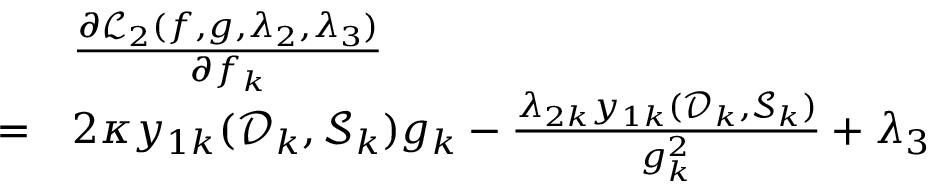
\begin{array} { r } { \begin{array} { r l } & { \frac { \partial \mathcal L _ { 2 } ( \boldsymbol f , \boldsymbol g , \boldsymbol \lambda _ { 2 } , \lambda _ { 3 } ) } { \partial f _ { k } } } \\ { = } & { 2 \kappa y _ { 1 k } ( \mathcal D _ { k } , \mathcal S _ { k } ) g _ { k } - \frac { \lambda _ { 2 k } y _ { 1 k } ( \mathcal D _ { k } , \mathcal S _ { k } ) } { g _ { k } ^ { 2 } } + \lambda _ { 3 } } \end{array} } \end{array}